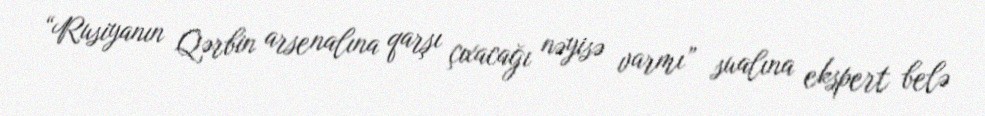
“Rusiyanın Qərbin arsenalına qarşı çıxacağı nəyisə varmı” sualına ekspert belə